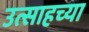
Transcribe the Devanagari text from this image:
उत्साहच्या